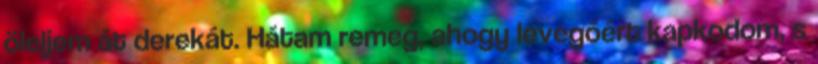
öleljem át derekát. Hátam remeg, ahogy levegőért kapkodom, s